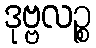
ဒုဗ္ဗလဉ္စ